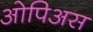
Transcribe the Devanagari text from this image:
ओपिअस